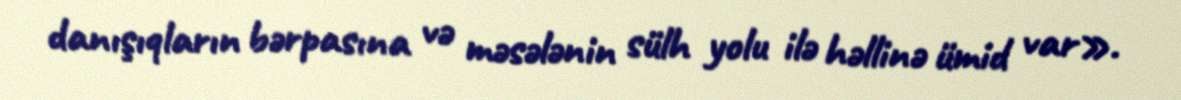
danışıqların bərpasına və məsələnin sülh yolu ilə həllinə ümid var».